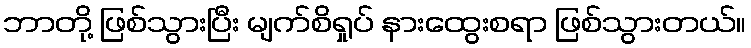
ဘာတို့ ဖြစ်သွားပြီး မျက်စိရှုပ် နားထွေးစရာ ဖြစ်သွားတယ်။